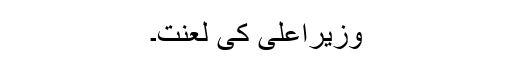
وزیراعلی کی لعنت۔